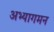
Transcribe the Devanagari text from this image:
अभ्यागमन